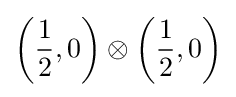
\left({\frac {1}{2}},0\right)\otimes \left({\frac {1}{2}},0\right)